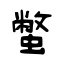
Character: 蟞